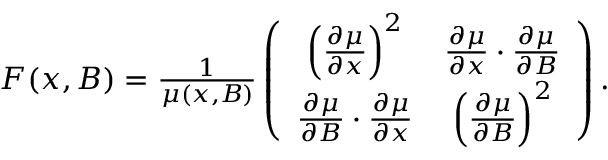
\begin{array} { r } { F ( x , B ) = \frac { 1 } { \mu ( x , B ) } \left( \begin{array} { c c } { \left( \frac { \partial \mu } { \partial x } \right) ^ { 2 } } & { \frac { \partial \mu } { \partial x } \cdot \frac { \partial \mu } { \partial B } } \\ { \frac { \partial \mu } { \partial B } \cdot \frac { \partial \mu } { \partial x } } & { \left( \frac { \partial \mu } { \partial B } \right) ^ { 2 } } \end{array} \right) . } \end{array}